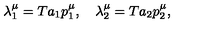
\lambda _ { 1 } ^ { \mu } = T a _ { 1 } p _ { 1 } ^ { \mu } , \quad \lambda _ { 2 } ^ { \mu } = T a _ { 2 } p _ { 2 } ^ { \mu } , \nonumber